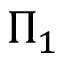
\Pi _ { 1 }